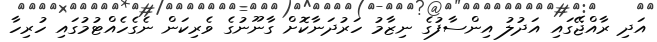
އަދި ރާއްޖޭގައި އަދުލު އިންސާފުގެ ނިޒާމު ހަރުދަނާކޮށް ގާނޫނުގެ ވެރިކަން ނެގެހެއްޓުމުގައި ހުރިހާ